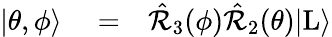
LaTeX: \begin{array}{rlr}{|\theta,\phi\rangle}&{{}=}&{\hat{\mathcal{R}}_{3}(\phi)\hat{\mathcal{R}}_{2}(\theta)|\mathrm{L}\rangle}\end{array}